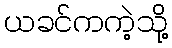
ယခင်ကကဲ့သို့